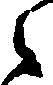
之